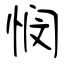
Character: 悯